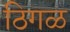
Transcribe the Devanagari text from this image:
ठिगळ